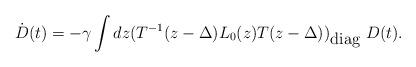
LaTeX: \begin{align*}\dot{D}(t)=-\gamma \int dz (T^{-1}(z-\Delta )L_0(z)T(z-\Delta ))_{\mbox{diag}}~D(t).\end{align*}